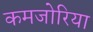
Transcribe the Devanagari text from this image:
कमजोरिया